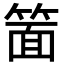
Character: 𮅥